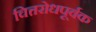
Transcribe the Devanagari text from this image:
चित्तरोधपूर्वक